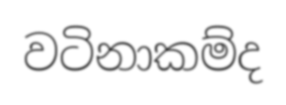
වටිනාකම්ද